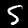
Digit: 5